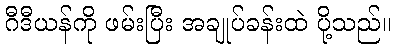
ဂီဒီယန်ကို ဖမ်းပြီး အချုပ်ခန်းထဲ ပို့သည်။